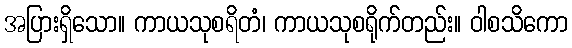
အပြားရှိသော။ ကာယသုစရိတံ၊ ကာယသုစရိုက်တည်း။ ဝါစသိကော